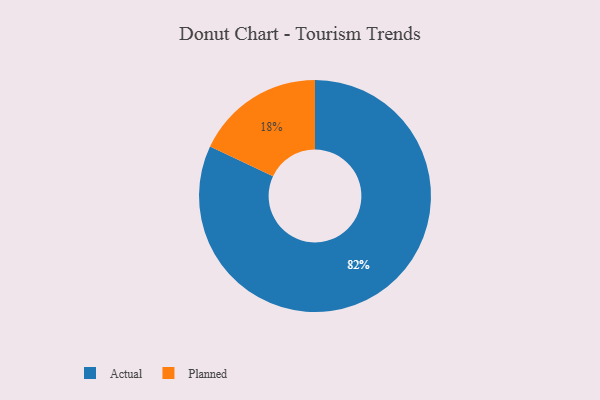
{"axis": {"x": "Category", "y": "Percentage"}, "legend": ["Actual", "Planned"], "data": [{"x": "Actual", "y": 82, "type": "Actual"}, {"x": "Planned", "y": 18, "type": "Planned"}]}